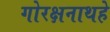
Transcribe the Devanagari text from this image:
गोरक्षनाथहे